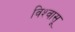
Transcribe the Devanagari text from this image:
विश्‍वासू